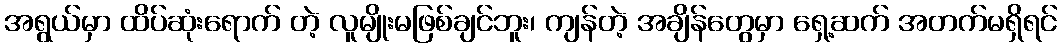
အရွယ်မှာ ထိပ်ဆုံးရောက် တဲ့ လူမျိုးမဖြစ်ချင်ဘူး၊ ကျန်တဲ့ အချိန်တွေမှာ ရှေ့ဆက် အတက်မရှိရင်